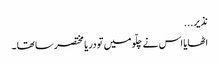
نذ یر...
اٹھایا اس نے چلّو میں تو دریا مختصر سا تھا ۔